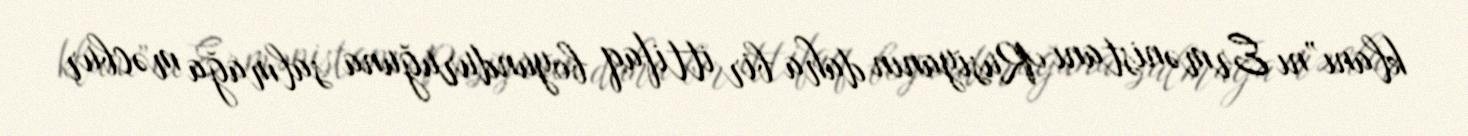
klanı”nı Ermənistanı Rusiyanın daha bir ittifaq boyunduruğuna salmağa məcbur